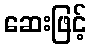
ဆေးဖြင့်